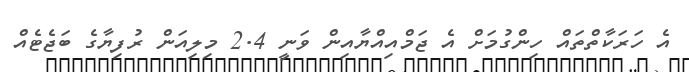
އެ ހަރަކާތްތައް ހިންގުމަށް އެ ޖަމްއިއްޔާއިން ވަނީ 2.4 މިލިއަން ރުފިޔާގެ ބަޖެޓެއް